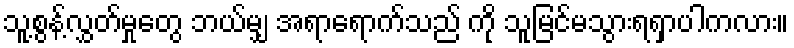
သူ့စွန့်လွှတ်မှုတွေ ဘယ်မျှ အရာရောက်သည် ကို သူမြင်မသွားရရှာပါကလား။